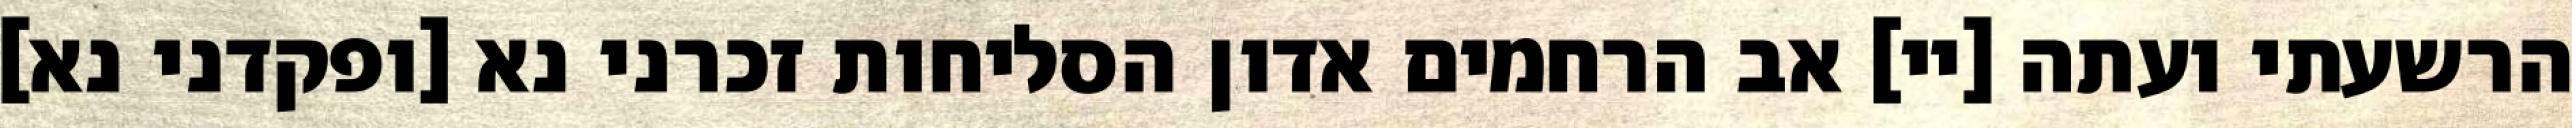
הרשעתי ועתה [יי] אב הרחמים אדון הסליחות זכרני נא [ופקדני נא]